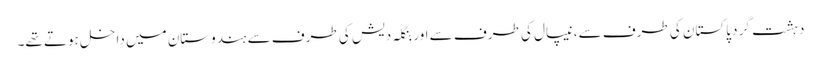
دہشت گرد پاکستان کی طرف سے، نیپال کی طرف سے اور بنگلہ دیش کی طرف سے ہندوستان میں داخل ہوتے تھے۔